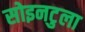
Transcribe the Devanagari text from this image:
सोइनटुला